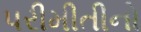
પરીમીતીનો